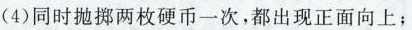
(4)同时抛掷两枚硬币一次，都出现正面向上；